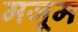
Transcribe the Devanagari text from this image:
मजूम